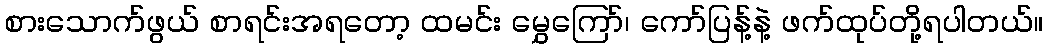
စားသောက်ဖွယ် စာရင်းအရတော့ ထမင်း မွှေကြော်၊ ကော်ပြန့်နဲ့ ဖက်ထုပ်တို့ရပါတယ်။